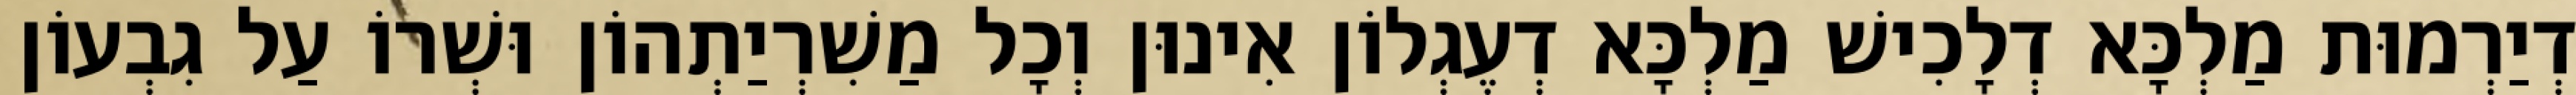
דְיַרְמוּת מַלְכָּא דְלָכִישׁ מַלְכָּא דְעֶגְלוֹן אִינוּן וְכָל מַשִׁרְיַתְהוֹן וּשְׁרוֹ עַל גִבְעוֹן